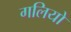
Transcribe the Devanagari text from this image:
गलियो